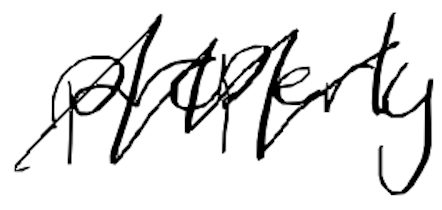
Text: properly
Cross-out: zig-zag
Writing tool: digital_black